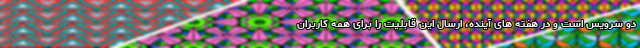
دو سرویس است و در هفته های آینده، ارسال این قابلیت را برای همه کاربران